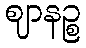
ဈာနဉ္စ